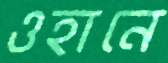
ওহানে